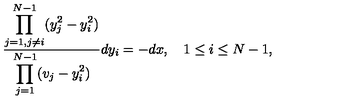
{ \frac { \displaystyle \prod _ { j = 1 , j \neq i } ^ { N - 1 } ( y _ { j } ^ { 2 } - y _ { i } ^ { 2 } ) } { \displaystyle \prod _ { j = 1 } ^ { N - 1 } ( v _ { j } - y _ { i } ^ { 2 } ) } } d y _ { i } = - d x , \quad 1 \leq i \leq N - 1 ,